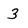
Character: 3